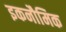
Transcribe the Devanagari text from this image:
इकनौमिक